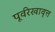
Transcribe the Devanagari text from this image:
पूर्वरेखावृत्त